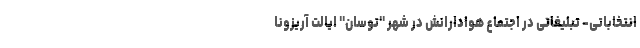
انتخاباتی- تبلیغاتی در اجتماع هوادارانش در شهر "توسان" ایالت آریزونا